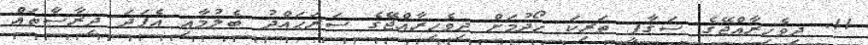
11. ދިވެހިރާއްޖޭގެ ސަގާފީ ތަރިކަ ހޯދުމަށް ދިވެހިރާއްޖޭގެ ސަރަޙައްދު ބެލުމާއި އެފަދަ ދިރާސާތައް